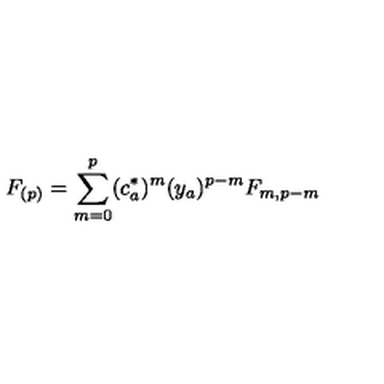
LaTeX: F _ { ( p ) } = \sum _ { m = 0 } ^ { p } ( c _ { a } ^ { * } ) ^ { m } ( y _ { a } ) ^ { p - m } F _ { m , p - m }